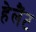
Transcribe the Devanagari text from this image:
हेलैंट